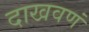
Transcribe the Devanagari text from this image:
दाखवणं